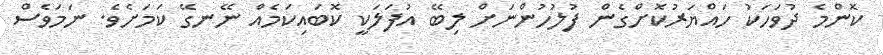
ކޮންމެ ދުވަހަކު ހައްޔަރުކޮށްގެން ފުލުހުންނަށް ލިބޭ އުފަލަކީ ކޮބައިކަމެއް ނޭނގޭ ކަމަށެވެ. ނަމަވެސް